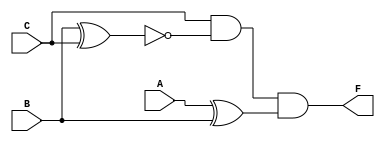
module q3 (A, B, C, F);
	input A, B, C;
	output F;
	wire XOR1_Out, N_XOR2_Out;

	assign   XOR1_Out  =  (A ^ B);
	assign  N_XOR2_Out = ~(B ^ C);

	assign  F = C & N_XOR2_Out & XOR1_Out;

endmodule

// input such that F=1 (A=0, B=1, C=1)